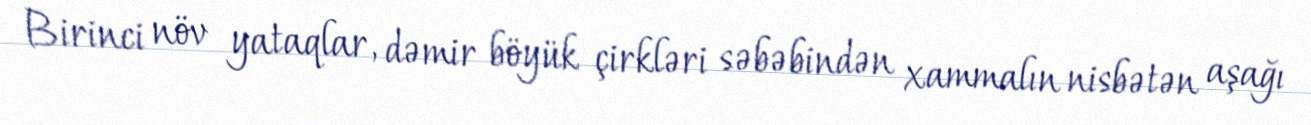
Birinci növ yataqlar, dəmir böyük çirkləri səbəbindən xammalın nisbətən aşağı